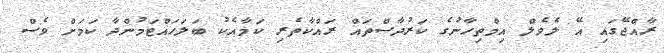
ރާއްޖޭގައި އޭ ލެވެލް އިމްތިހާނުގެ ކަރުދާސްތައް ރައްކާތެރި ކަމާއެކު ބަލަހައްޓަމުންދާ ކަމަށް ވެސް